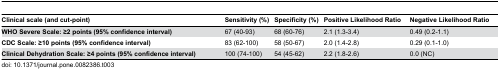
<table><thead><tr><td><b>Clinical scale (and cut-point)</b></td><td><b>Sensitivity (%)</b></td><td><b>Specificity (%)</b></td><td><b>Positive Likelihood Ratio</b></td><td><b>Negative Likelihood Ratio</b></td></tr></thead><tbody><tr><td><b>WHO Severe Scale: ≥2 points (95% confidence interval)</b></td><td>67 (40-93)</td><td>68 (60-76)</td><td>2.1 (1.3-3.4)</td><td>0.49 (0.2-1.1)</td></tr><tr><td><b>CDC Scale: ≥10 points (95% confidence interval)</b></td><td>83 (62-100)</td><td>58 (50-67)</td><td>2.0 (1.4-2.8)</td><td>0.29 (0.1-1.0)</td></tr><tr><td><b>Clinical Dehydration Scale: ≥4 points (95% confidence interval)</b></td><td>100 (74-100)</td><td>54 (45-62)</td><td>2.2 (1.8-2.6)</td><td>0.0 (NC)</td></tr></tbody></table>